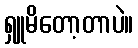
ရှူမိတော့တာပဲ။